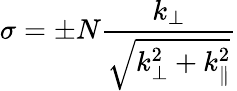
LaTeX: \sigma=\pm N\frac{k_{\perp}}{\sqrt{k_{\perp}^{2}+k_{\parallel}^{2}}}